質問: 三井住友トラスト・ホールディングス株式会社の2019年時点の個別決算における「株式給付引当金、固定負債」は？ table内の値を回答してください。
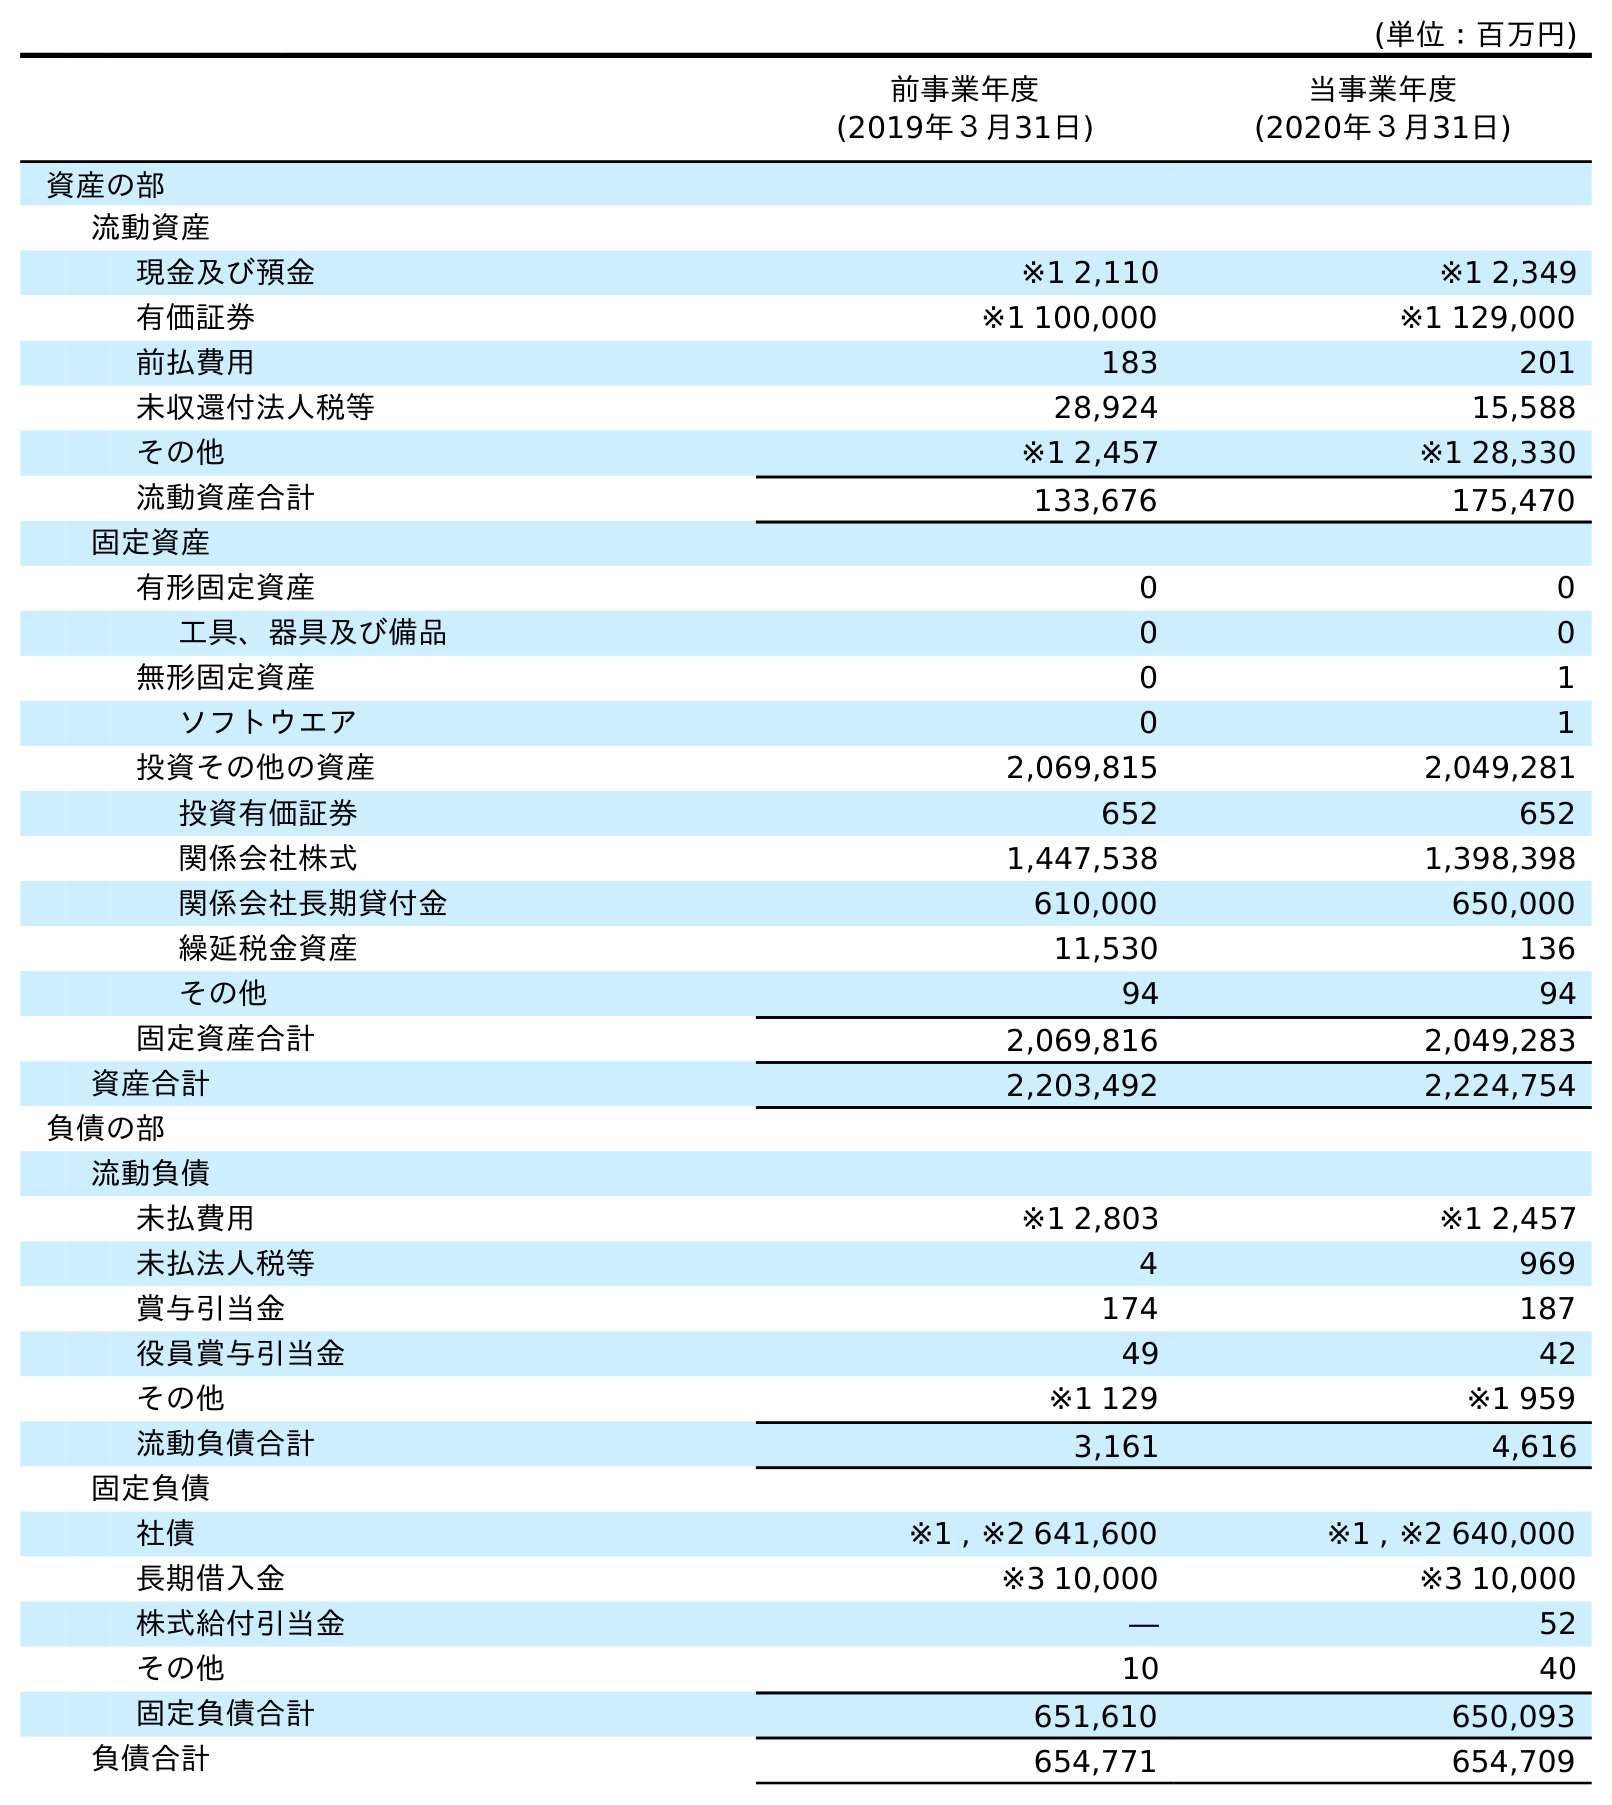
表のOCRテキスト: (単位：百万円) 前事業年度 (2019年３月31日) 当事業年度 (2020年３月31日) 資産の部 流動資産 現金及び預金 ※1 2,110 ※1 2,349 有価証券 ※1 100,000 ※1 129,000 前払費用 183 201 未収還付法人税等 28,924 15,588 その他 ※1 2,457 ※1 28,330 流動資産合計 133,676 175,470 固定資産 有形固定資産 0 0 工具、器具及び備品 0 0 無形固定資産 0 1 ソフトウエア 0 1 投資その他の資産 2,069,815 2,049,281 投資有価証券 652 652 関係会社株式 1,447,538 1,398,398 関係会社長期貸付金 610,000 650,000 繰延税金資産 11,530 136 その他 94 94 固定資産合計 2,069,816 2,049,283 資産合計 2,203,492 2,224,754 負債の部 流動負債 未払費用 ※1 2,803 ※1 2,457 未払法人税等 4 969 賞与引当金 174 187 役員賞与引当金 49 42 その他 ※1 129 ※1 959 流動負債合計 3,161 4,616 固定負債 社債 ※1 , ※2 641,600 ※1 , ※2 640,000 長期借入金 ※3 10,000 ※3 10,000 株式給付引当金 ― 52 その他 10 40 固定負債合計 651,610 650,093 負債合計 654,771 654,709
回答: ―